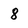
Character: 8